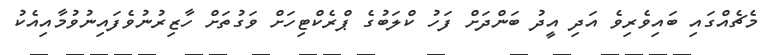
މެޗެއްގައި ބައިވެރިވެ އަދި އީދު ބަންދަށް ފަހު ކްލަބުގެ ޕްރެކްޓިހަށް ވަގުތަށް ހާޒިރުނުވެފައިނުވުމާއިއެކު